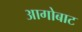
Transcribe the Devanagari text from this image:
आगोबाट